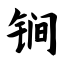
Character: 锏